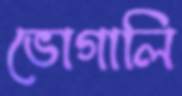
ভোগালি